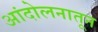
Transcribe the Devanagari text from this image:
आंदोलनातून